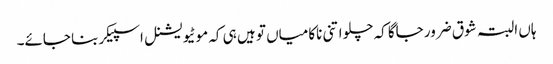
ہاں البتہ شوق ضرور جاگا کہ چلو اتنی ناکامیاں تو ہیں ہی کہ موٹیویشنل اسپیکر بنا جائے۔